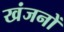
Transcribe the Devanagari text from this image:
खंजनों